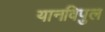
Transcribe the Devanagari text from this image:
यानविपुल